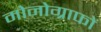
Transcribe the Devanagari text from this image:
मोनोग्राफों